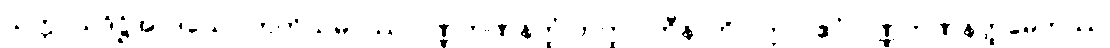
သက္ကာယဒိဋ္ဌိအာဒယော တတိယမဂ္ဂဿ ဝဏ္ဏဘဏနတ္ထံ တတ္ထ ပဟီနာတိ ဝုတ္တာ, ဧဝံ ဝဏ္ဏဘဏနတ္ထမ္ပေတဿ